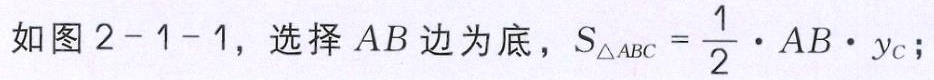
如图2-1-1，选择 \(AB\)边为底，\(S_{\triangle ABC}=\frac{1}{2}\cdot AB\cdot y_{C}\)；